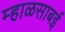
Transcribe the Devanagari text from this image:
म्हाळसाबई